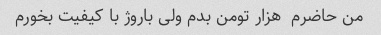
من حاضرم  هزار تومن بدم ولی باروژ با کیفیت بخورم